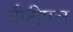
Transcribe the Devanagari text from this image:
जीटीएल